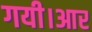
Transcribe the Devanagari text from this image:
गयी।आर